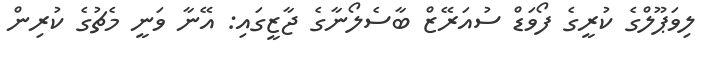
ލިވަޕޫލްގެ ކުރީގެ ފޯވަޑް ސުއަރޭޒް ބާސެލޯނާގެ ޖާޒީގައި: އޭނާ ވަނީ މެޗުގެ ކުރިން